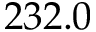
2 3 2 . 0